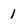
Character: 1